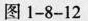
图1-8-12